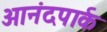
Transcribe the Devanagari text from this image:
आनंदपार्क